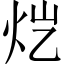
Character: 𬉽